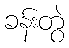
ခန်းတွဲ